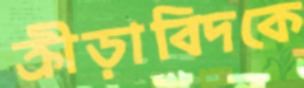
ক্রীড়াবিদকে